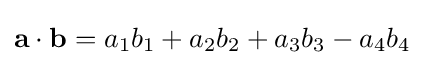
\mathbf {a} \cdot \mathbf {b} =a_{1}b_{1}+a_{2}b_{2}+a_{3}b_{3}-a_{4}b_{4}